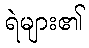
ရဲများ၏